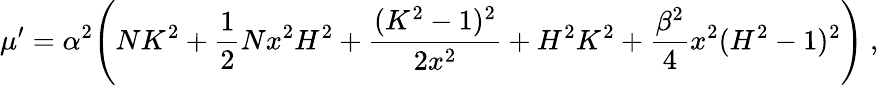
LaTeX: \mu^{\prime}=\alpha^{2}\Biggl(NK^{2}+\frac{1}{2}Nx^{2}H^{2}+\frac{(K^{2}-1)^{2}}{2x^{2}}+H^{2}K^{2}+\frac{\beta^{2}}{4}x^{2}(H^{2}-1)^{2}\Biggr)\ ,